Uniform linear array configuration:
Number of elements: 24
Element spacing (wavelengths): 0.25
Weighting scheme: kaiser
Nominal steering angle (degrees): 60
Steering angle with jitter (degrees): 61.928
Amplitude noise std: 0.05
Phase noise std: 0.05

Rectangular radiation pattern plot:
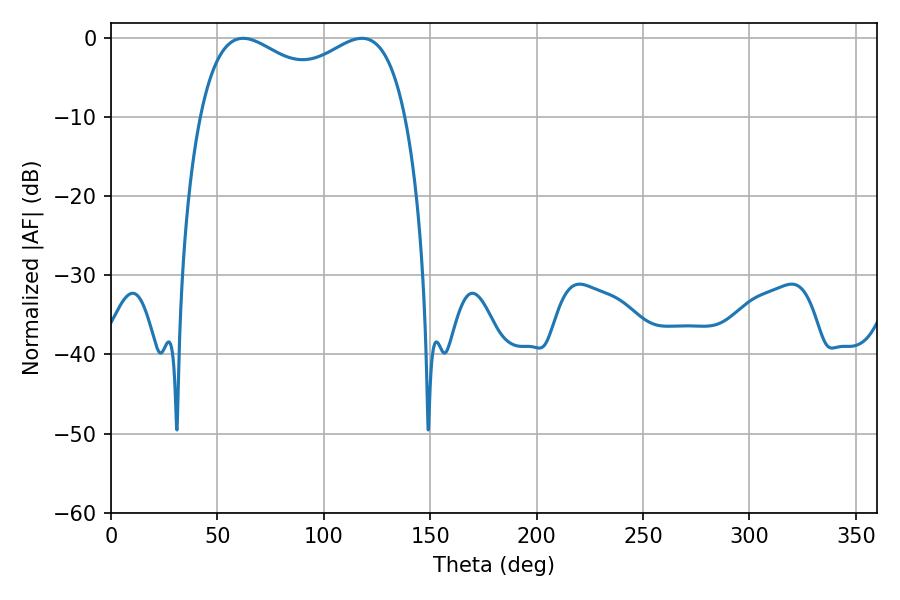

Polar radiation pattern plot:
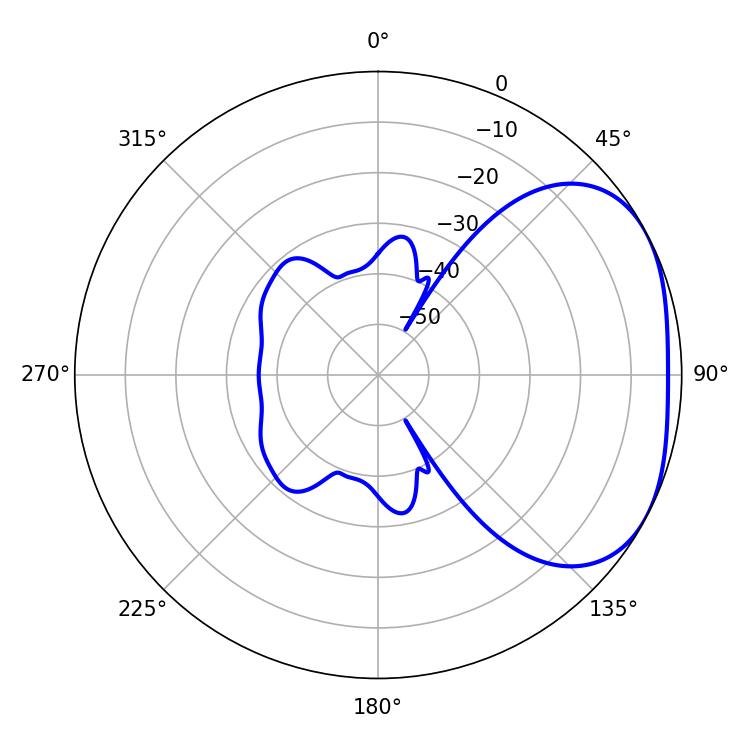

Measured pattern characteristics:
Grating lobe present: FALSE
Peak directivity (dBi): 2.826
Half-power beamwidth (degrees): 80.64
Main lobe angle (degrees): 62.1